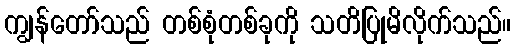
ကျွန်တော်သည် တစ်စုံတစ်ခုကို သတိပြုမိလိုက်သည်။